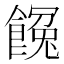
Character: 𩝸